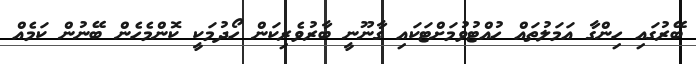
ބޭރުގައި ހިންގާ އަމަލުތައް ހުއްޓުވުމަށްޓަކައި ގާނޫނީ ބާރުވެރިކަން ހޯދުމަކީ ކޮންމެހެން ބޭނުން ކަމެއް